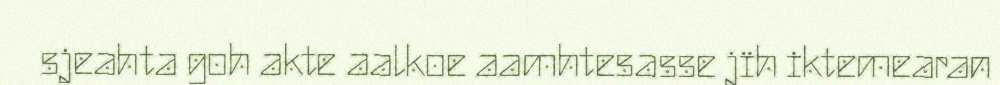
sjeahta goh akte aalkoe aamhtesasse jïh iktemearan